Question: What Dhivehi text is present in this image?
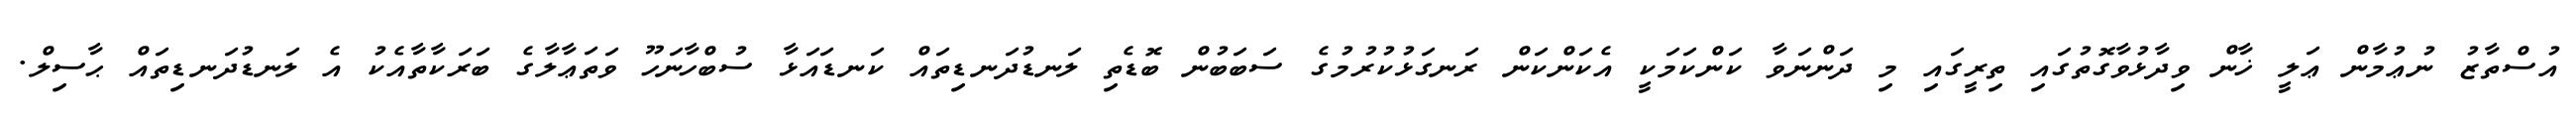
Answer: އުސްތާޒު ނުޢުމާން ޢަލީ ޚާން ވިދާޅުވާގޮތުގައި ތިރީގައި މި ދަންނަވާ ކަންކަމަކީ އެކަންކަން ރަނގަޅުކުރުމުގެ ސަބަބުން ބޮޑެތި ލަނޑުދަނޑިތައް ކަނޑައަޅާ ސުބްހާނަހޫ ވަތަޢާލާގެ ބަރަކާތާއެކު އެ ލަނޑުދަނޑިތައް ޙާސިލް.